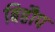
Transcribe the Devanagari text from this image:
बिहौप